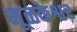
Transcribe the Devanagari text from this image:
मूळकेश्वर